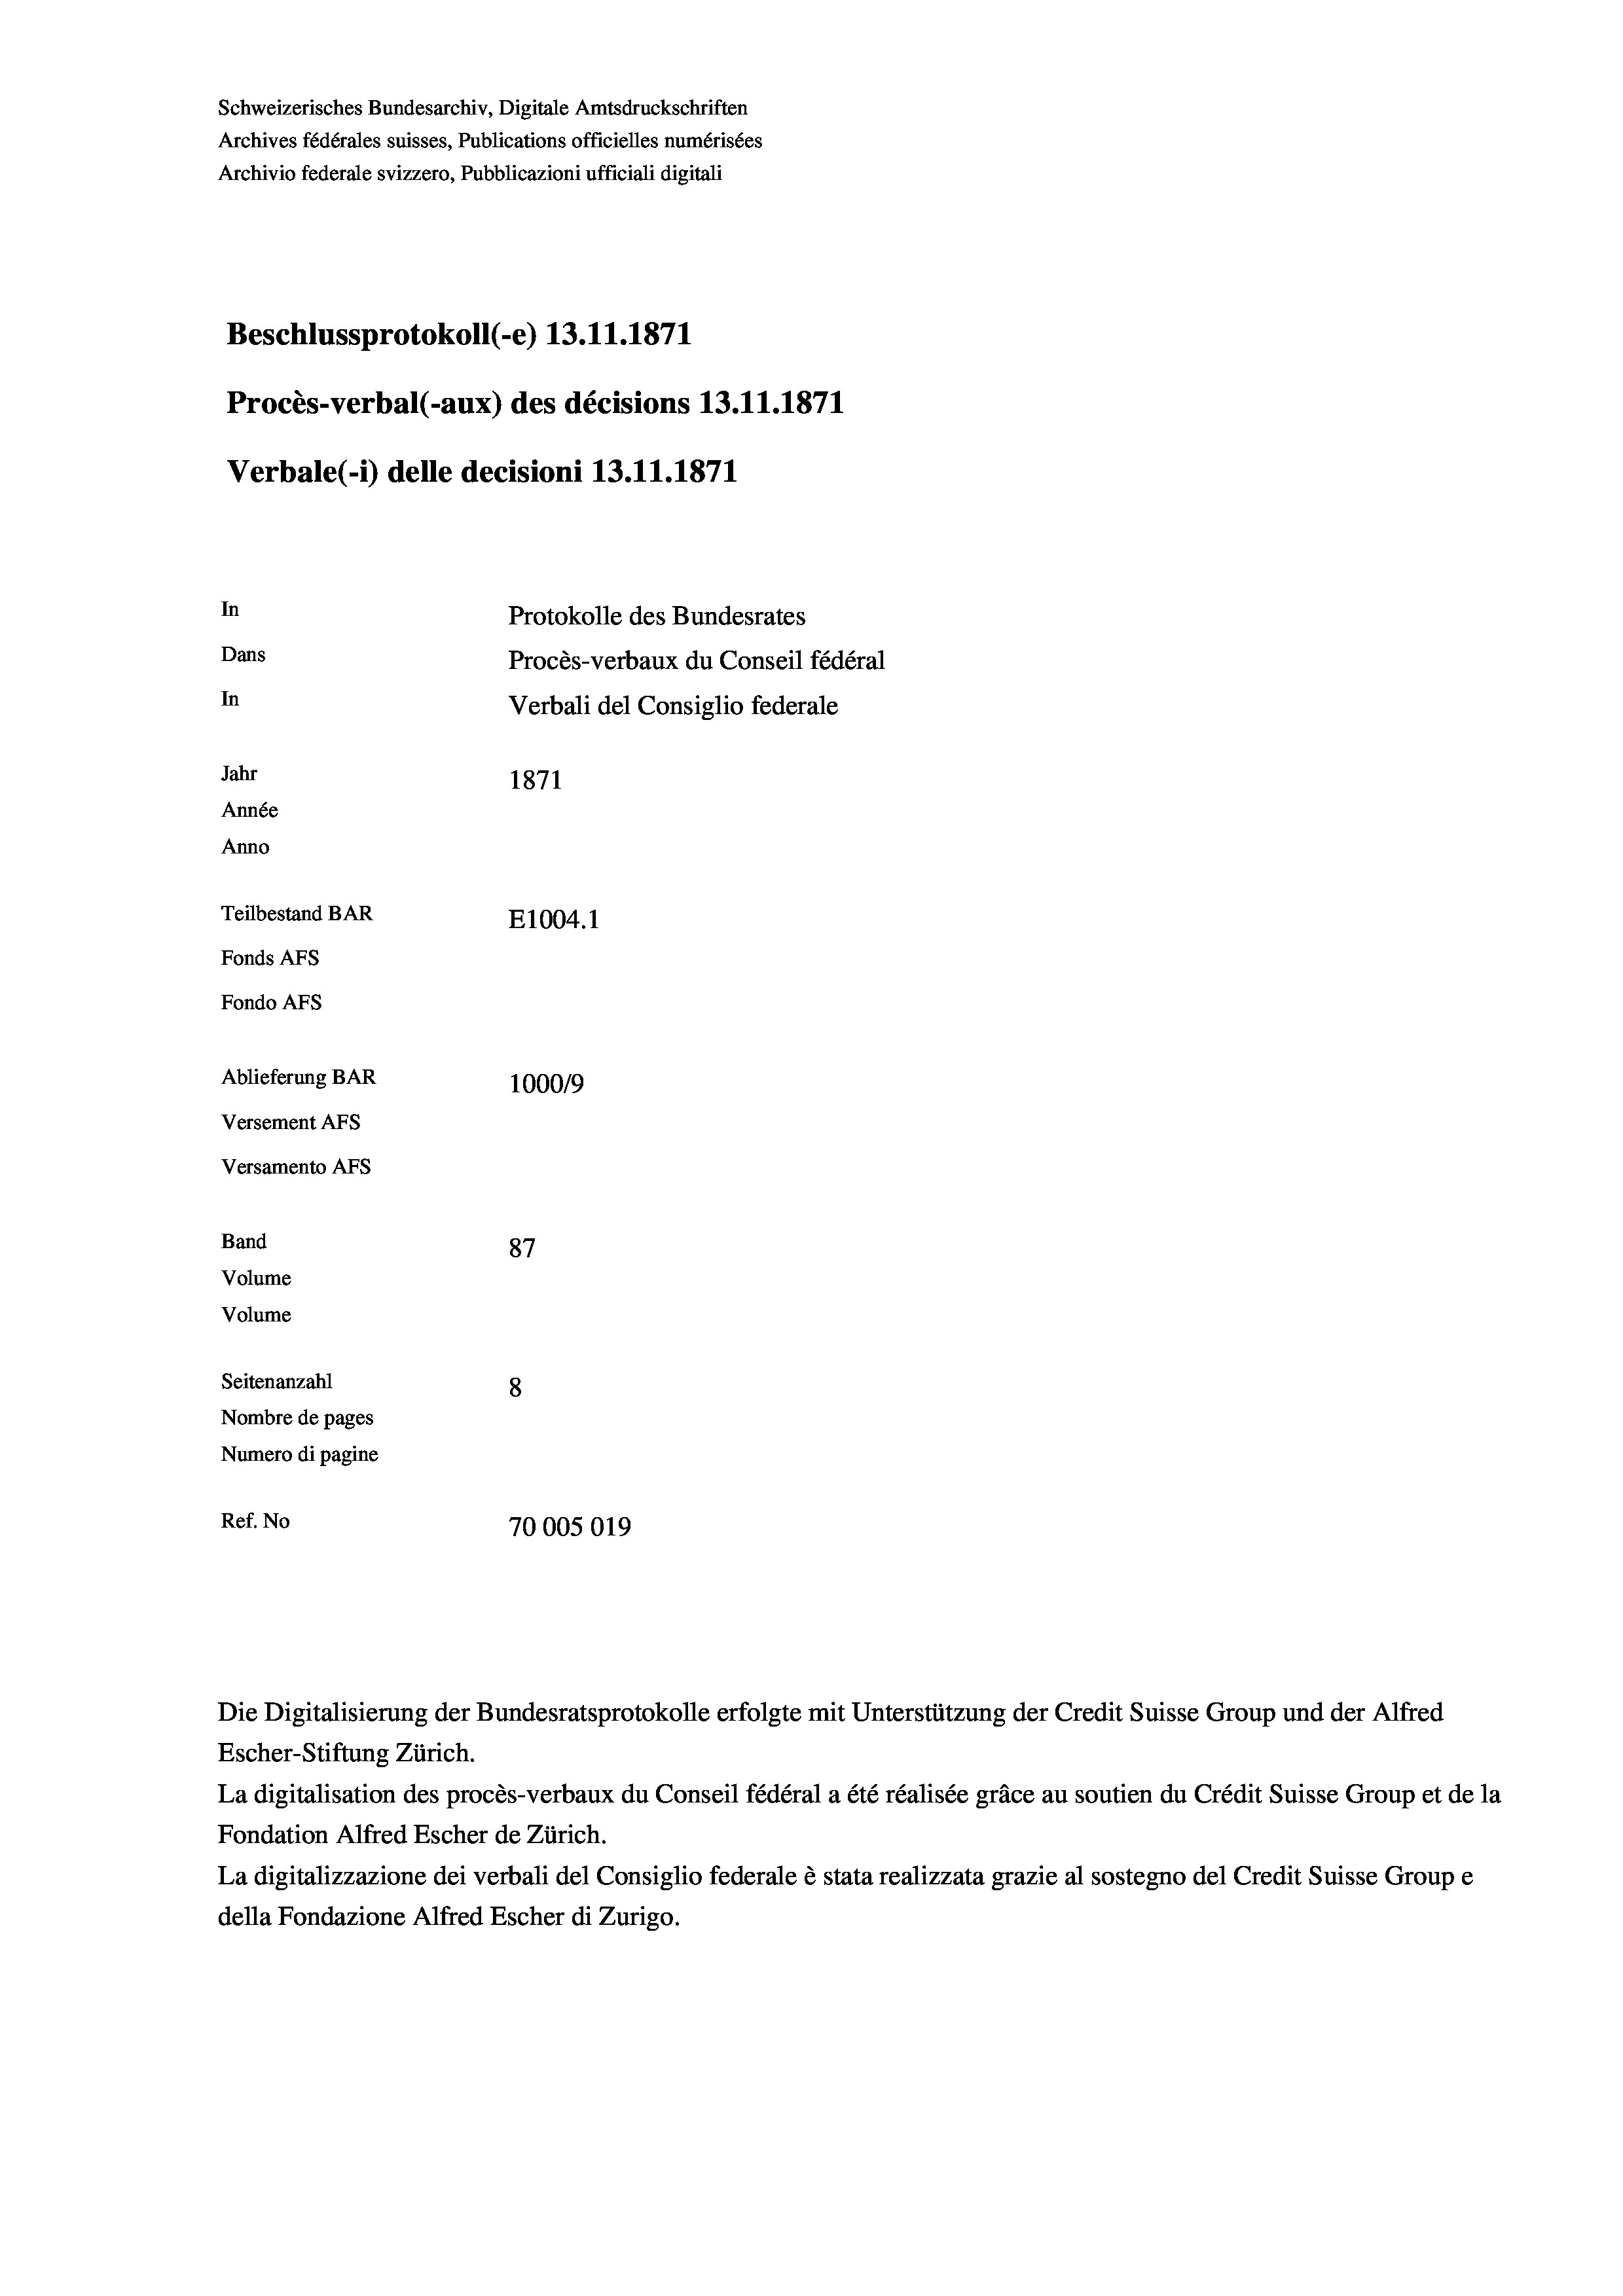
Schweizerisches Bundesarchiv, Digitale Amtsdruckschriften
Archives fédérales suisses, Publications officielles numérisées
Archivio federale svizzero, Pubblicazioni ufficiali digitali
Beschlussprotokoll (-e) 13.11.1871
Procès-verbal (-aux) des décisions 13.11.1871
Verbale (- 1) delle decisioni 13.11.1871
In
Protokolle des Bundesrates
Dans
Procès-verbaux du Conseil fédéral
In
Verbali del Consiglio federale
Jahr
1871
Année
Anno
Teilbestand BAR
E1004.1
Fonds AFs
Fondo AFs
Ablieferung BAR
100019
Versement Abs
Versamento Afs
Band
87
Volume
Volume
Seitenanzahl
8
Nombre de pages
Numero di pagine
Ref. No
70005019

Escher-Stiftung Zürich.
La digitalisation des procès-verbaux du Conseil fédéral a été réalisée gräce au soutien du Crédit Suisse Group et de la
Fondation Alfred Escher de Zürich.
La digitalizzazione dei verbali del Consiglio federale è stata realizzata grazie al sostegno del Credit Suisse Groupe
della Fondazione Alfred Escher di Zurigo.

Die Digitalisierung der Bundesratsprotokolle erfolgte mit Unterstützung der Credit Suisse Group und der Alfred